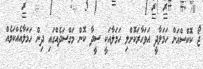
ޖޯ ކޮކްސްއަށް ހަމަލާދީ އަވަހާރަކޮށްލި ހަމަލާއަކީ ސީދާ ކޮން މަގްސަދެއްގައި ދިން ހަމަލާއެއްކަމެއް